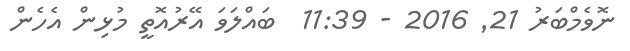
ނޮވެމްބަރު 21